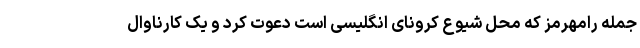
جمله رامهرمز که محل شیوع کرونای انگلیسی است دعوت کرد و یک کارناوال